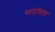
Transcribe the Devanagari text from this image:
सांठविला